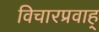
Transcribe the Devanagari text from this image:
विचारप्रवाह्